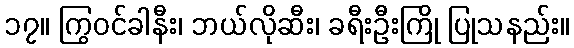
၁၇။ ကြွဝင်ခါနီး၊ ဘယ်လိုဆီး၊ ခရီးဦးကြို ပြုသနည်း။